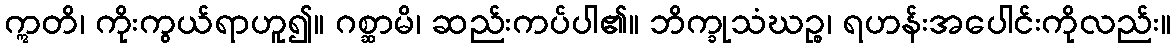
ဣတိ၊ ကိုးကွယ်ရာဟူ၍။ ဂစ္ဆာမိ၊ ဆည်းကပ်ပါ၏။ ဘိက္ခုသံဃဉ္စ၊ ရဟန်းအပေါင်းကိုလည်း။